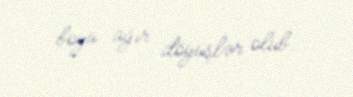
boyu ağır döyüşlər olub.